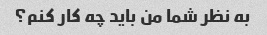
به نظر شما من باید چه کار کنم؟